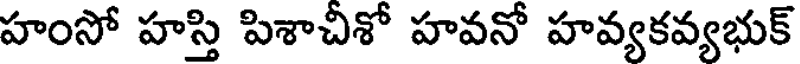
హంసో హస్తి పిశాచిశో హవనో హవ్యకవ్యభుక్